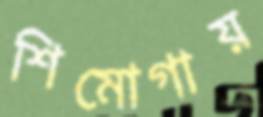
শিমোগায়